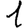
Digit: 1